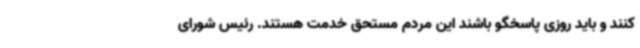
کنند و باید روزی پاسخگو باشند این مردم مستحق خدمت هستند. رئیس شورای